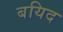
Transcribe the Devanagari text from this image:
बयिद